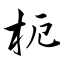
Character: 枙